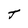
Character: J